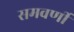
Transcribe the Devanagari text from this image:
समवर्णी